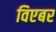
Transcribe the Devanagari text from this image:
विएबर